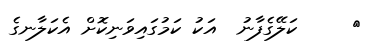
٦     ކަލޭގެފާނު  އަކު ކަމުގައިވަނިކޮށް އެކަލާނގެ